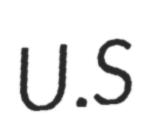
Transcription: U.S